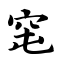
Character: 窀